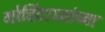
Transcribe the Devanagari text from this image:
गोविंदरामांच्या